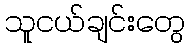
သူငယ်ချင်းတွေ